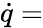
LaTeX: {\dot{q}}=